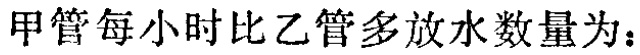
甲管每小时比乙管多放水数量为：